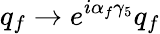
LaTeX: q_{f}\rightarrow e^{i\alpha_{f}\gamma_{5}}q_{f}